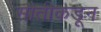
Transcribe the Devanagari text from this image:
सौतीकडून